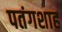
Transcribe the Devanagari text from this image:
पतंगशाह